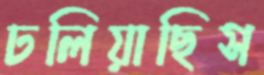
ঢলিয়াছিস